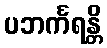
ပဘင်္ကရန္တိ